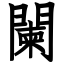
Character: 闌